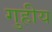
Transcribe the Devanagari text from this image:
गुहीय